Plague in India, 1896, 1897 - Volume 2
Year: 1896
Disease focus: Plague
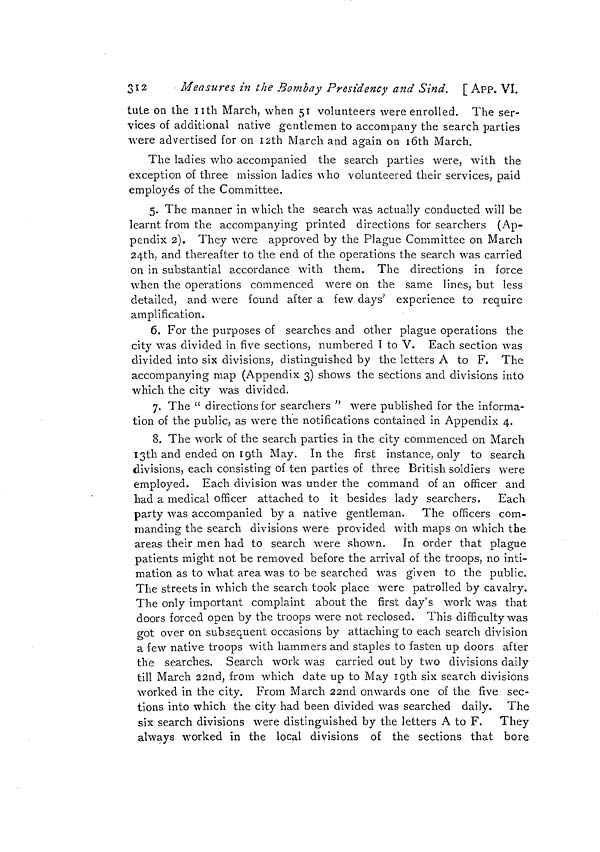
312
Measures in the Bombay Presidency and Sind. [ APP. VI.
tule on the nth March, when 51 volunteers were enrolled. The ser-
vices of additional native gentlemen to accompany the search parties
were advertised for on I2th March and again on 16th March.
The ladies who accompanied the search parties were, with the
exception of three mission ladies who volunteered their services, paid
employe's of the Committee.
5. The manner in which the search was actually conducted will be
learnt from the accompanying printed directions for searchers (Ap-
pendix 2). They were approved by the Plague Committee on March
24th, and thereafter to the end of the operations the search was carried
on in substantial accordance with them. The directions in force
when the operations commenced were on the same lines, but less
detailed, and were found after a few days' experience to require
amplification.
6. For the purposes of searches and other plague operations the
city was divided in five sections, numbered I to V. Each section was
divided into six divisions, distinguished by the letters A to F. The
accompanying map (Appendix 3) shows the sections and divisions into
which the city was divided.
7. The " directions for searchers " were published for the informa-
tion of the public, as were the notifications contained in Appendix 4.
8. The work of the search parties in the city commenced on March
13th and ended on 19th May. In the first instance, only to search
divisions, each consisting of ten parties of three British soldiers were
employed. Each division was under the command of an officer and
had a medical officer attached to it besides lady searchers.
Each
party was accompanied by a native gentleman. The officers com-
manding the search divisions were provided with maps on which the
areas their men had to search were shown. In order that plague
patients might not be removed before the arrival of the troops, no inti-
mation as to what area was to be searched was given to the public.
The streets in which the search took place were patrolled by cavalry.
The only important complaint about the first day's work was that
doors forced open by the troops were not reclosed. This difficulty was
got over on subsequent occasions by attaching to each search division
a few native troops with hammers and staples to fasten up doors after
the searches. Search work was carried out by two divisions daily
till March 22nd, from which date up to May 19th six search divisions
worked in the city. From March 22nd onwards one of the five sec-
tions into which the city had been divided was searched daily. The
six search divisions were distinguished by the letters A to F. They
always worked in the local divisions of the sections that bore